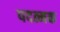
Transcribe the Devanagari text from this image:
पदत्मक